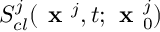
S _ { c l } ^ { j } ( \textbf { x } ^ { j } , t ; \textbf { x } _ { 0 } ^ { j } )